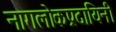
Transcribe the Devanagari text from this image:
नागलोकप्रदायिनी